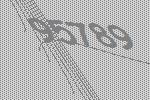
95789